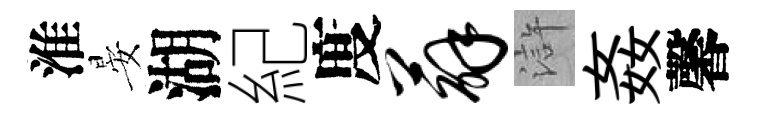
淮晏湖紀度薜滸姦馨